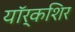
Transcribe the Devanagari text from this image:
यॉर्कशिर